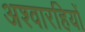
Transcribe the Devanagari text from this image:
अश्वारहियों